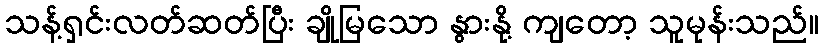
သန့်ရှင်းလတ်ဆတ်ပြီး ချိုမြသော နွားနို့ ကျတော့ သူမုန်းသည်။